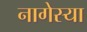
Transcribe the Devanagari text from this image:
नागेस्या